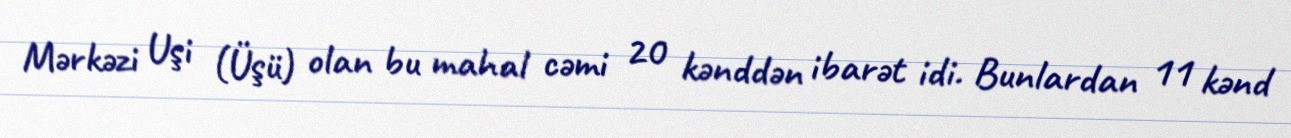
Mərkəzi Uşi (Üşü) olan bu mahal cəmi 20 kənddən ibarət idi. Bunlardan 11 kənd